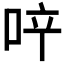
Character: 𠲗